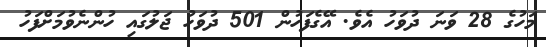
މަހުގެ 28 ވަނަ ދުވަހު އެވެ. އޭގެފަހުން 501 ދުވަހު ޖަލުގައި ހުންނެވުމަށްފަހު